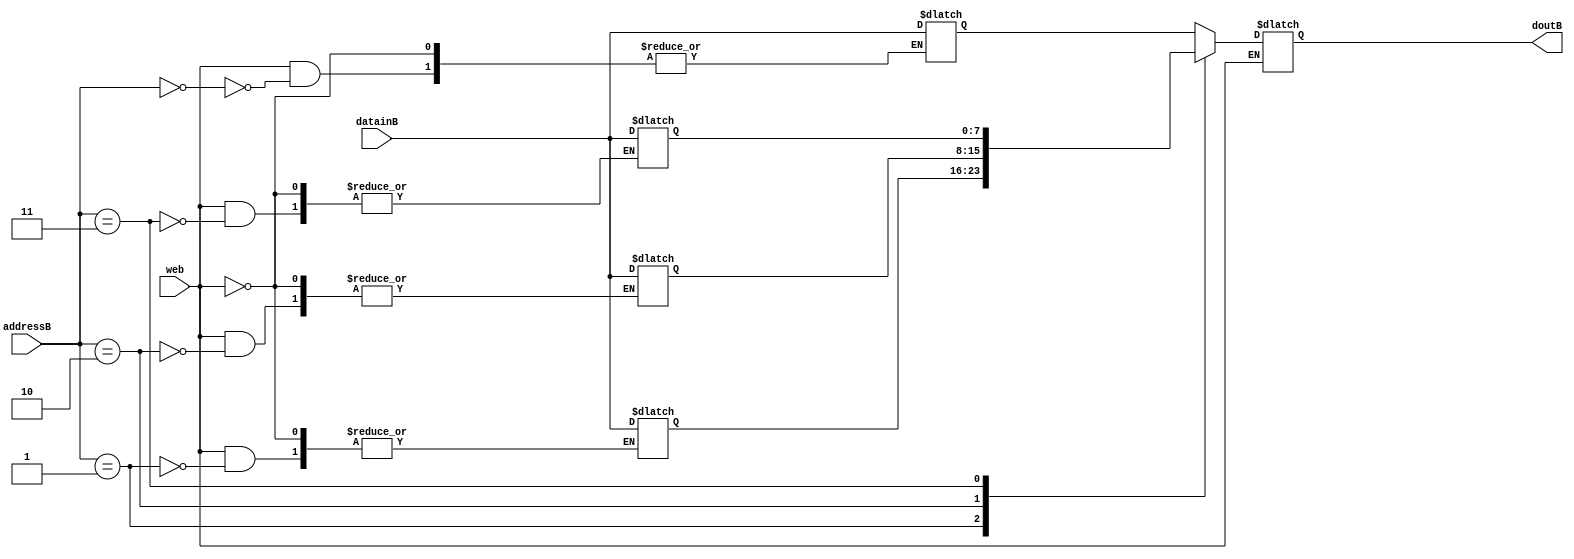
module MemoryB(doutB, datainB, addressB, web);

input [7:0]datainB;
input [1:0]addressB;

input web;

output [7:0]doutB;
reg [7:0]doutB;
// 8 by 4 Memory
reg [7:0]SRAM[3:0];


always @(*)
begin
	if(web)
		SRAM[addressB] <= datainB;
	else
	 doutB <= SRAM[addressB];
	
end
endmodule